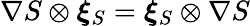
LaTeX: \nabla{S}\otimes\boldsymbol{\xi}_{S}=\boldsymbol{\xi}_{S}\otimes\nabla{S}